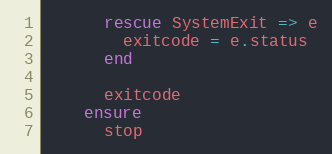
Language: Ruby
      rescue SystemExit => e
        exitcode = e.status
      end

      exitcode
    ensure
      stop